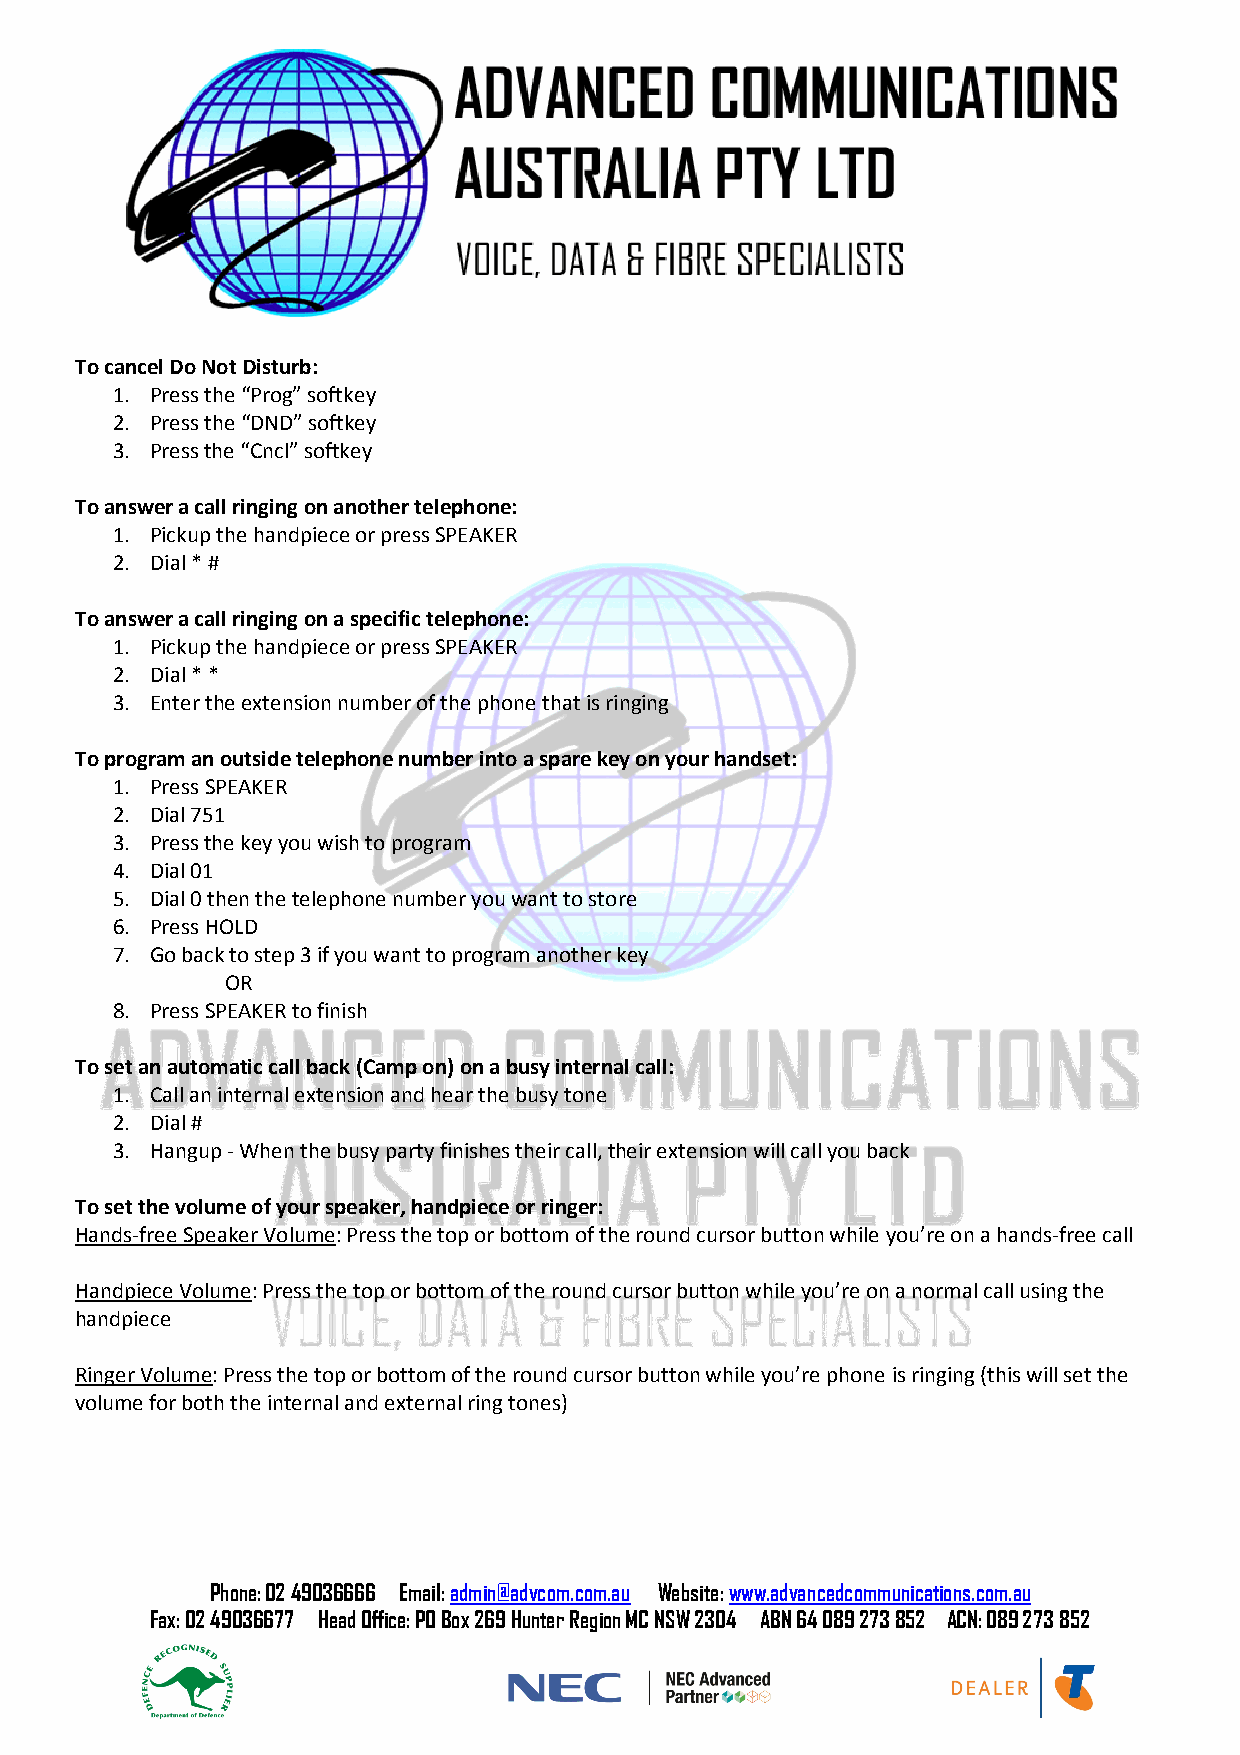
To cancel Do Not Disturb:
 1. Press the “Prog” softkey
 2. Press the “DND” softkey
 3. Press the “Cncl” softkey
 To answer a call ringing on another telephone:
 1. Pickup the handpiece or press SPEAKER
 2. Dial * #
 To answer a call ringing on a specific telephone:
 1. Pickup the handpiece or press SPEAKER
 2. Dial * *
 3. Enter the extension number of the phone that is ringing
 To program an outside telephone number into a spare key on your handset:
 1. Press SPEAKER
 2. Dial 751
 3. Press the key you wish to program
 4. Dial 01
 5. Dial 0 then the telephone number you want to store
 6. Press HOLD
 7. Go back to step 3 if you want to program another key
 OR
 8. Press SPEAKER to finish
 To set an automatic call back (Camp on) on a busy internal call:
 1. Call an internal extension and hear the busy tone
 2. Dial #
 3. Hangup - When the busy party finishes their call, their extension will call you back
 To set the volume of your speaker, handpiece or ringer:
 Hands-free Speaker Volume: Press the top or bottom of the round cursor button while you’re on a hands-free call
 Handpiece Volume: Press the top or bottom of the round cursor button while you’re on a normal call using the
 handpiece
 Ringer Volume: Press the top or bottom of the round cursor button while you’re phone is ringing (this will set the
 volume for both the internal and external ring tones)
 Phone: 02 49036666 Email: admin@advcom.com.au Website: www.advancedcommunications.com.au
 Fax: 02 49036677 Head Office: PO Box 269 Hunter Region MC NSW 2304 ABN 64 089 273 852 ACN: 089 273 852